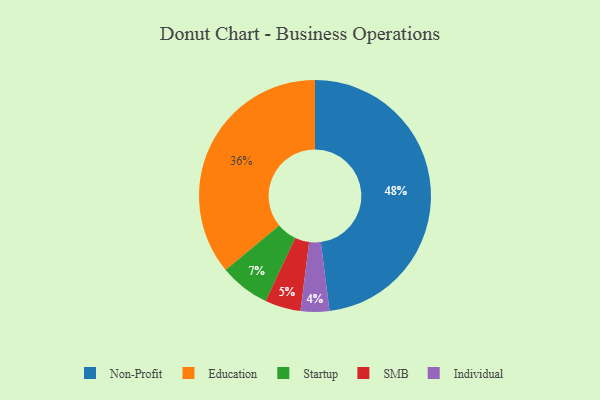
{"axis": {"x": "Category", "y": "Percentage"}, "legend": ["Education", "Individual", "Non-Profit", "SMB", "Startup"], "data": [{"x": "SMB", "y": 5, "type": "SMB"}, {"x": "Startup", "y": 7, "type": "Startup"}, {"x": "Non-Profit", "y": 48, "type": "Non-Profit"}, {"x": "Individual", "y": 4, "type": "Individual"}, {"x": "Education", "y": 36, "type": "Education"}]}